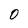
Character: 0